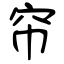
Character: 帘